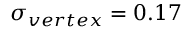
\sigma _ { v e r t e x } = 0 . 1 7